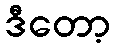
ဒီတော့